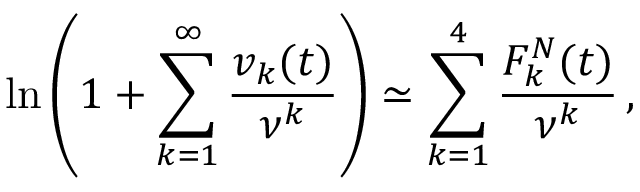
\ln \left( 1 + \sum _ { k = 1 } ^ { \infty } \frac { v _ { k } ( t ) } { \nu ^ { k } } \right) \simeq \sum _ { k = 1 } ^ { 4 } \frac { F _ { k } ^ { N } ( t ) } { \nu ^ { k } } \, { , }